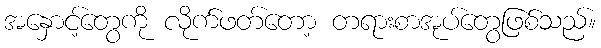
အနှောင့်တွေကို လိုက်ဖတ်တော့ တရားစာအုပ်တွေဖြစ်သည်။